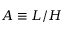
A \equiv L / H